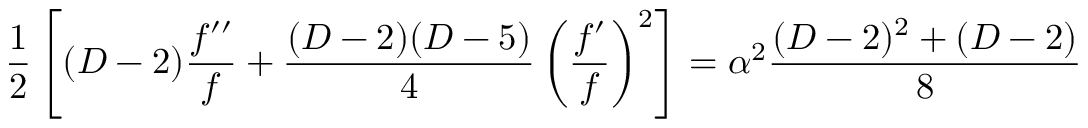
\frac { 1 } { 2 } \left[ ( D - 2 ) \frac { f ^ { \prime \prime } } { f } + \frac { ( D - 2 ) ( D - 5 ) } { 4 } \left( \frac { f ^ { \prime } } { f } \right) ^ { 2 } \right] = \alpha ^ { 2 } \frac { ( D - 2 ) ^ { 2 } + ( D - 2 ) } { 8 }